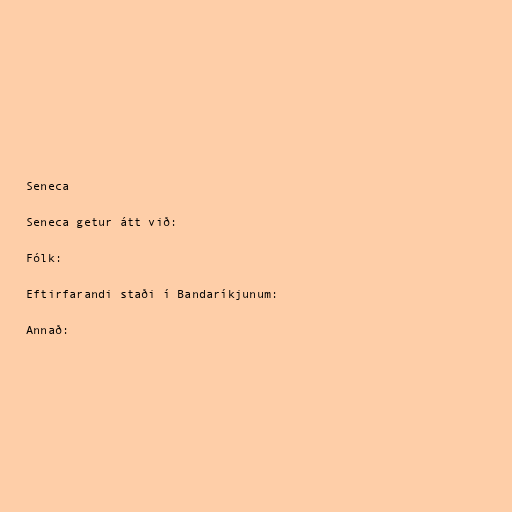
Seneca

Seneca getur átt við:

Fólk:

Eftirfarandi staði í Bandaríkjunum:

Annað: